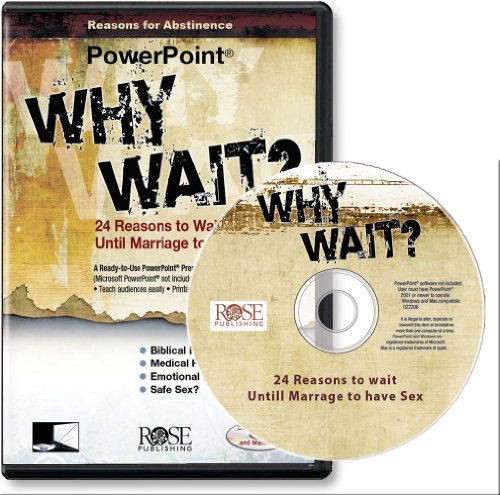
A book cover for Why Wait? 24 Reasons for Abstinence (PowerPoint presentation); Rose Publishing; Christian Books & Bibles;